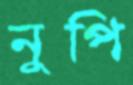
নুপি